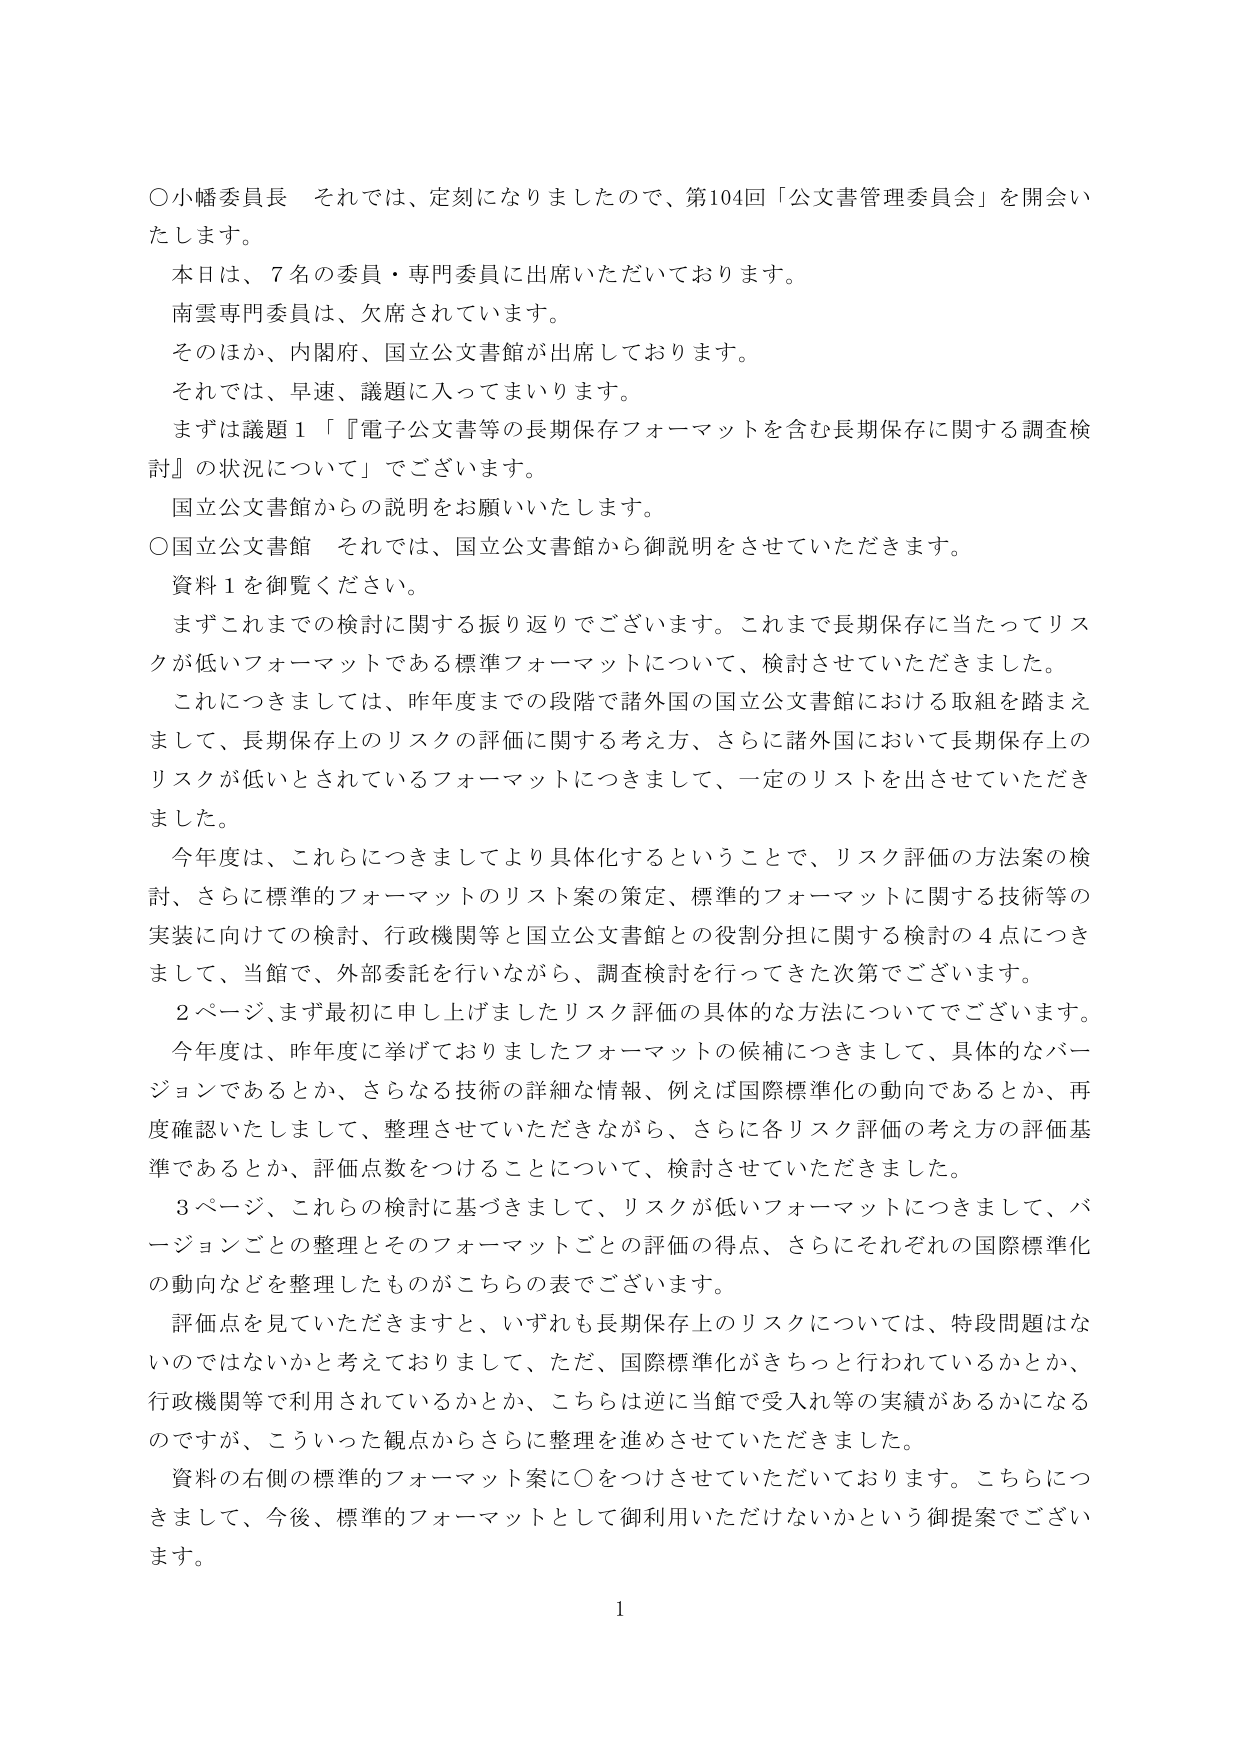
○小幡委員長　それでは、定刻になりましたので、第104回「公文書管理委員会」を開会いたします。

本日は、7名の委員・専門委員に出席いただいております。

南雲専門委員は、欠席されています。

そのほか、内閣府、国立公文書館が出席しております。

それでは、早速、議題に入ってまいります。

まずは議題1「『電子公文書等の長期保存フォーマットを含む長期保存に関する調査検討』の状況について」でございます。

国立公文書館からの説明をお願いいたします。

○国立公文書館　それでは、国立公文書館から御説明をさせていただきます。

資料1を御覧ください。

まずこれまでの検討に関する振り返りでございます。これまで長期保存に当たってリスクが低いフォーマットである標準フォーマットについて、検討させていただきました。

これにつきましては、昨年度までの段階で諸外国の国立公文書館における取組を踏まえまして、長期保存上のリスクの評価に関する考え方、さらに諸外国において長期保存上のリスクが低いとされているフォーマットにつきまして、一定のリストを出させていただきました。

今年度は、これらにつきましてより具体化するということで、リスク評価の方法案の検討、さらに標準のフォーマットのリスト案の策定、標準的フォーマットに関する技術等の実装に向けての検討、行政機関等と国立公文書館との役割分担に関する検討の4点につきまして、当館で、外部委託を行いながら、調査検討を行ってきた次第でございます。

2ページ、まず最初に申し上げましたリスク評価の具体的な方法についてでございます。

今年度は、昨年度に挙げておりましたフォーマットの候補につきまして、具体的なバージョンであるとか、さらなる技術の詳細な情報、例えば国際標準化の動向であるとか、再度確認いたしまして、整理させていただきながら、さらに各リスク評価の考え方の評価基準であるとか、評価点数をつけることについて、検討させていただきました。

3ページ、これらの検討に基づきまして、リスクが低いフォーマットにつきまして、バージョンごとの整理とそのフォーマットごとの評価の得点、さらにそれぞれの国際標準化の動向などを整理したものがこちらの表でございます。

評価点を見ていただきますと、いずれも長期保存上のリスクについては、特段問題はないのではないかと考えておりまして、ただ、国際標準化がきちっと行われているかとか、行政機関等で利用されているかとか、こちらは逆に当館で受入れ等の実績があるかになるのですが、こういった観点からさらに整理を進めさせていただきました。

資料の右側の標準的フォーマット案に○をつけていただいております。こちらにつきまして、今後、標準的フォーマットとして御利用いただけないかという御提案でございます。

1